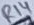
Text: R14